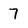
Character: 7